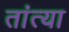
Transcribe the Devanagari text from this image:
तांत्‍या